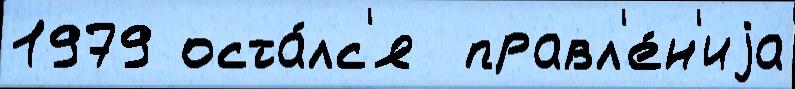
1979 оста́лс'я  правл'е́н'иjа